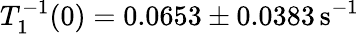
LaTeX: T_{1}^{-1}(0)=0.0653\pm 0.0383\mathrm{\, s}^{-1}